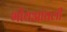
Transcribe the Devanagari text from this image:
भोंयआंवली